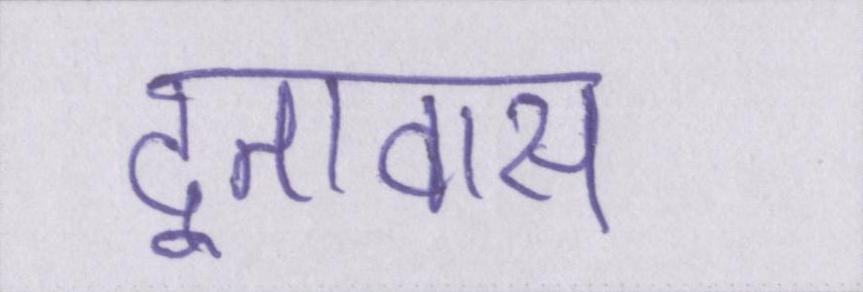
दूतावास